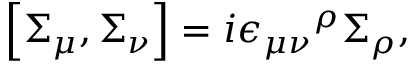
\left[ \Sigma _ { \mu } , \Sigma _ { \nu } \right] = i { \epsilon _ { \mu \nu } } ^ { \rho } \Sigma _ { \rho } ,